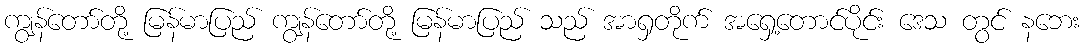
ကျွန်တော်တို့ မြန်မာပြည် ကျွန်တော်တို့ မြန်မာပြည် သည် အာရှတိုက် အရှေ့တောင်ပိုင်း ဒေသ တွင် နဘေး